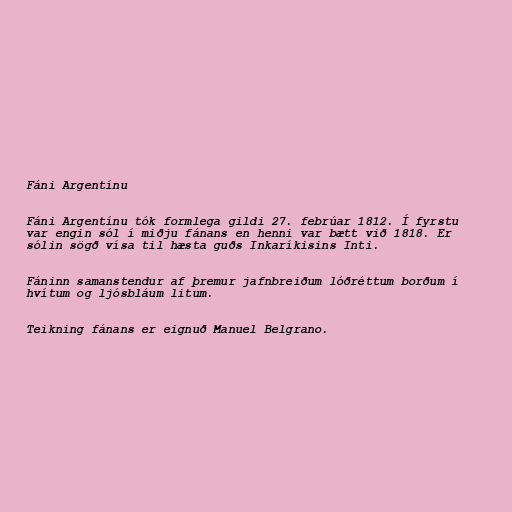
Fáni Argentínu

Fáni Argentínu tók formlega gildi 27. febrúar 1812. Í fyrstu
var engin sól í miðju fánans en henni var bætt við 1818. Er
sólin sögð vísa til hæsta guðs Inkaríkisins Inti.

Fáninn samanstendur af þremur jafnbreiðum lóðréttum borðum í
hvítum og ljósbláum litum.

Teikning fánans er eignuð Manuel Belgrano.